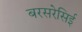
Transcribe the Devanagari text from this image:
बरसरेसिई